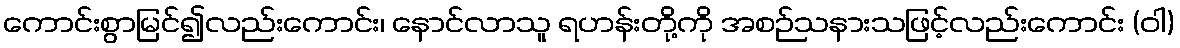
ကောင်းစွာမြင်၍လည်းကောင်း၊ နောင်လာသူ ရဟန်းတို့ကို အစဉ်သနားသဖြင့်လည်းကောင်း (ဝါ)